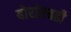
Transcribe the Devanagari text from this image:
बोरांएवढी